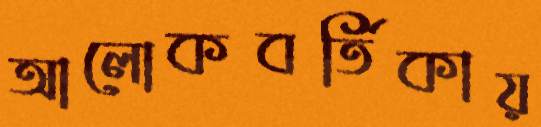
আলোকবর্তিকায়